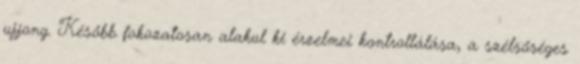
ujjong. Később fokozatosan alakul ki érzelmei kontrollálása, a szélsőséges